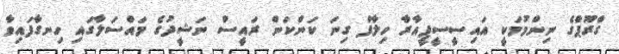
ގްރޫޕްގެ ނިންމުމަކީ އައިސީސީޕީއާރާ ހިލާފް ގިނަ ކަންކަން ރައީސް ނަޝީދުގެ މައްސަލާގައި ހިނގާފައިވާ